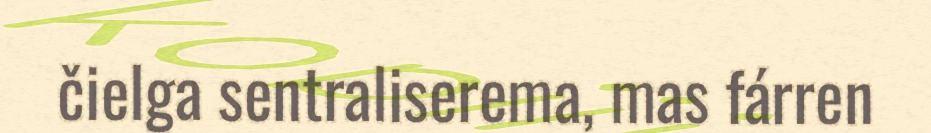
čielga sentraliserema, mas fárren